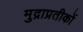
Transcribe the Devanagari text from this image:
मुद्राप्रतीकों